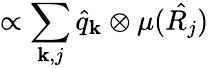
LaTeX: \propto\sum_{{\mathbf k},j}\hat{q}_{\mathbf k}\otimes\mu(\hat{R_{j}})